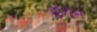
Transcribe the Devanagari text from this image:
डॅरॉन